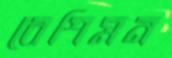
বেশিমন